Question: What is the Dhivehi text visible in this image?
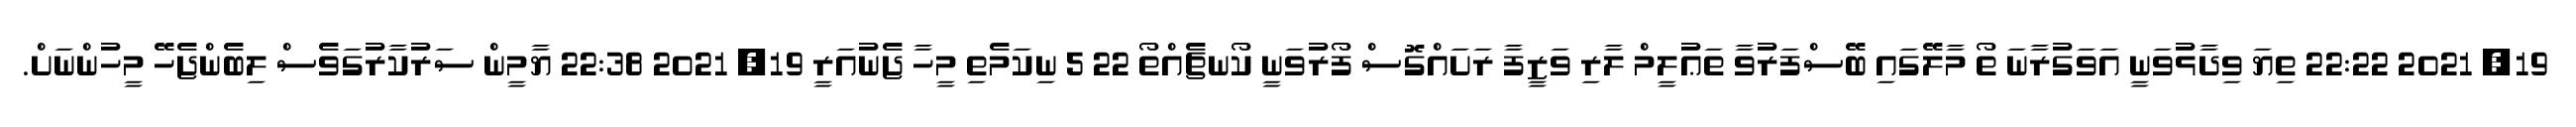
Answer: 19, 2021 22:22 ތިޔަ ވިދާޅުވަނީ އަވަގުރާނަ ތޯ މާލޭގައި ބޭސްފަރުވާ ތަޢުލީމް ލާރި ވަޒީފާ ރަށައްގޮސް ފޯރުވަނީ ކޯނޗެއްތޯ 22 5 ނިކަމެތި މީހާ ޖެނުއަރީ 19, 2021 22:38 ޔާމީން ސަރުކާރުގަވެސް ލިބެންޖެހޭ މީހުންނަށް.